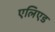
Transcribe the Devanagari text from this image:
एलिएड